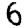
Digit: 6